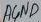
Text: AGND